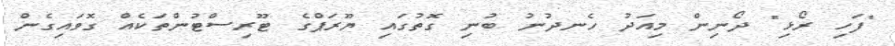
"ފަހި ރޯޅި" ދޯނިން މިއަދު ހެނދުނު ބުނި ގޮތުގައި ޔޫރަޕްގެ ޓޫރިސްޓުންތަކެއް ގޮވައިގެން